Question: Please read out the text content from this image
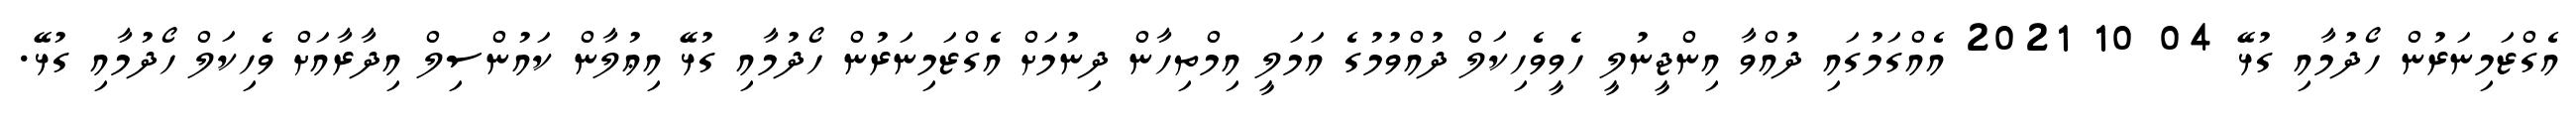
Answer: އެގްޒަމިނަރުން ހޯދުމާއި ގުޅޭ 04 10 2021 އެއްގަމުގައި ދުއްވާ އިންޖީނުލީ ހެވީވެހިކަލް ދުއްވުމުގެ އަމަލީ އިމްތިހާން ދިނުމަށް އެގްޒަމިނަރުން ހޯދުމާއި ގުޅޭ އިޢުލާން ކައުންސިލް އިދާރާއަށް ވެހިކަލް ހޯދުމާއި ގުޅޭ.